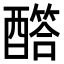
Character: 𨣏